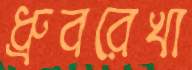
ধ্রুবরেখা